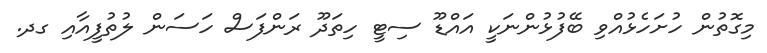
މިގޮތުން ހުށަހެޅުއްވި ބޭފުޅުންނަކީ އައްޑޫ ސިޓީ ހިތަދޫ ރަންފަސް ހަސަން ލުތުފީއާއި ގދ.